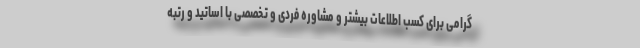
گرامی برای کسب اطلاعات بیشتر و مشاوره فردی و تخصصی با اساتید و رتبه